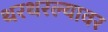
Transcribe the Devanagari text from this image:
थरथरल्यावर